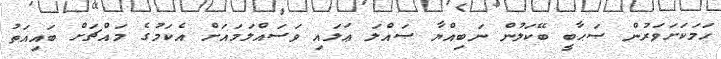
ހަމަކަށަވަރުން ޞަޙާބީ ބޭކަލުން ނަބިއްޔާ ޞައްލަ ޢަލައި ވަސައްލަމައަށް އެކަމުގެ މައްޗަށް ބައިއަތު